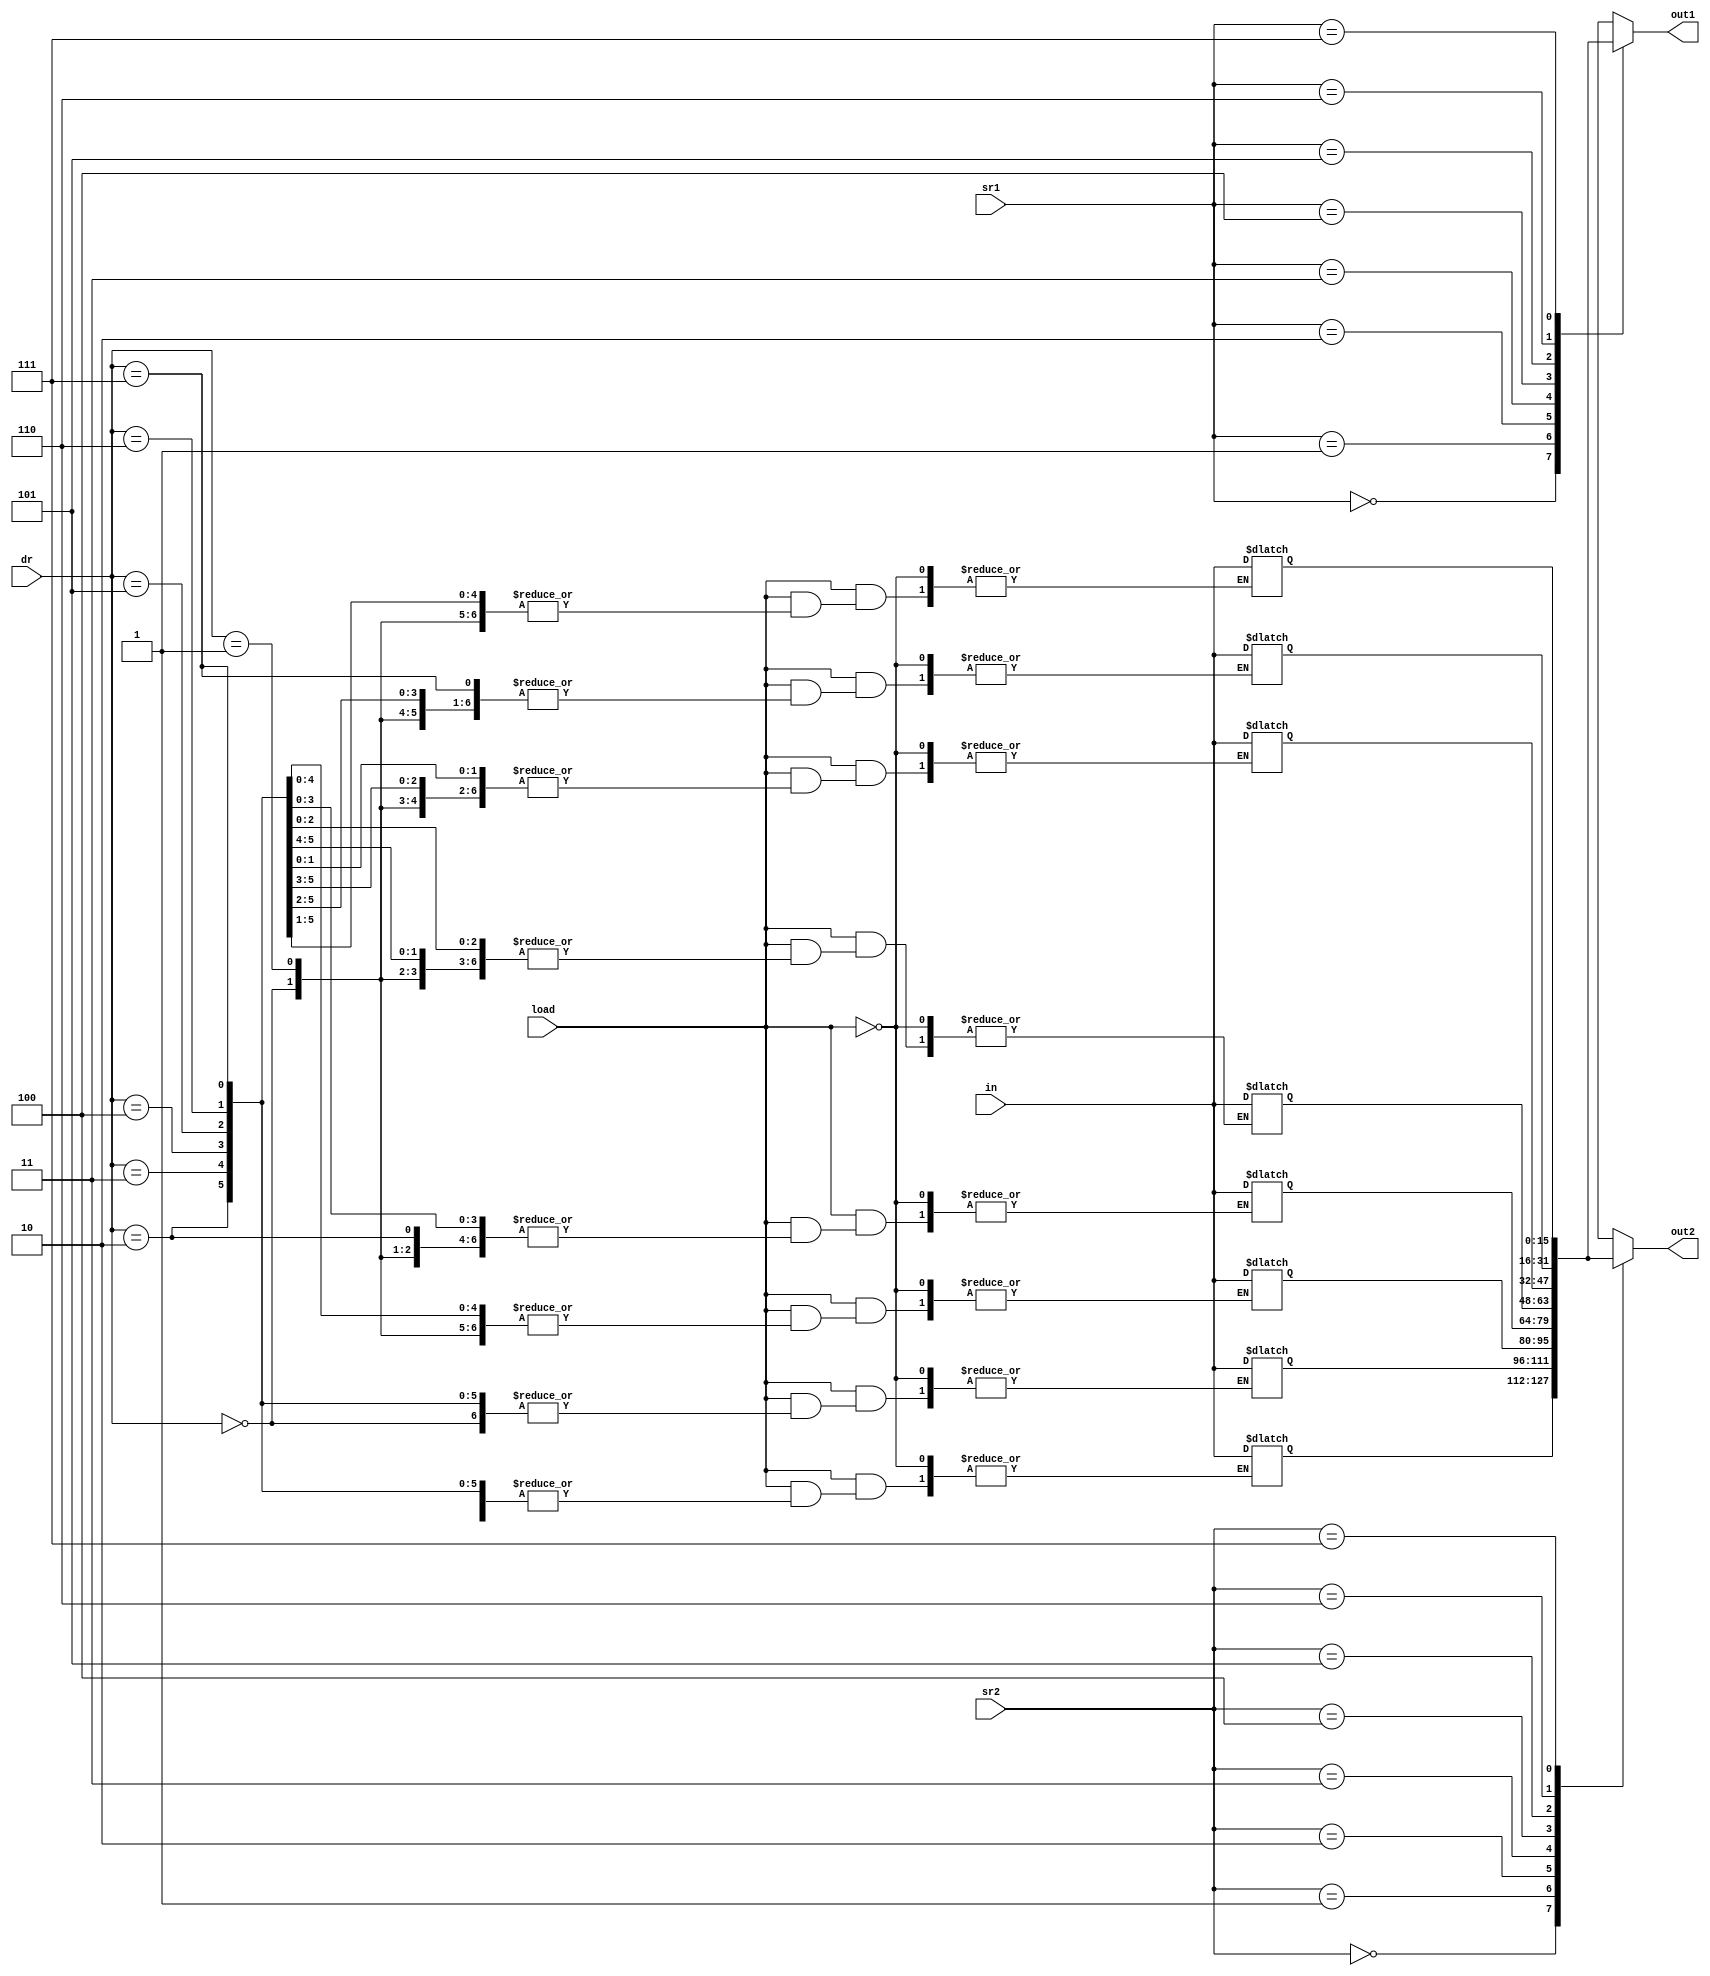
`timescale 1ns / 1ps
//////////////////////////////////////////////////////////////////////////////////
// Company: 
// Engineer: 
// 
// Design Name: 
// Module Name:    regfile 
// Project Name: 
// Target Devices: 
// Tool versions: 
// Description: 
//
// Dependencies: 
//
// Revision: 
// Revision 0.01 - File Created
// Additional Comments: 
//
//////////////////////////////////////////////////////////////////////////////////
module regfile(
    input [15:0] in,
    input load,
    input [2:0] dr,
    input [2:0] sr1,
    input [2:0] sr2,
    output [15:0] out1,
    output [15:0] out2
    );
	reg [15:0] mem [0:7];
	
	assign out1 = mem[sr1];
	assign out2 = mem[sr2];
	
	always @(load)
		if(load==1'b1)
			mem[dr] = in;

endmodule